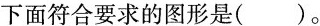
下面符合要求的图形是()。